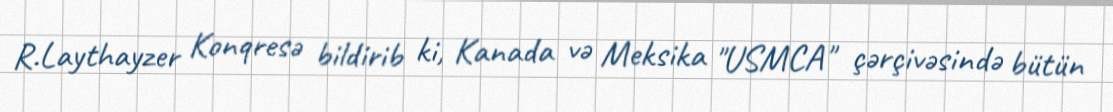
R.Laythayzer Konqresə bildirib ki, Kanada və Meksika "USMCA" çərçivəsində bütün